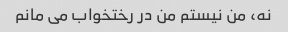
نه، من نیستم من در رختخواب می مانم